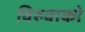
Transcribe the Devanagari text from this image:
विरुवाको